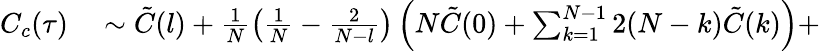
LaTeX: \begin{array}{rl}{C_{c}(\tau)}&{{}\sim\tilde{C}(l)+\frac{1}{N}\left(\frac{1}{N}-\frac{2}{N-l}\right)\left(N\tilde{C}(0)+\sum_{k=1}^{N-1}2(N-k)\tilde{C}(k)\right)+}\end{array}